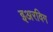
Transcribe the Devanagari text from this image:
इअरविग